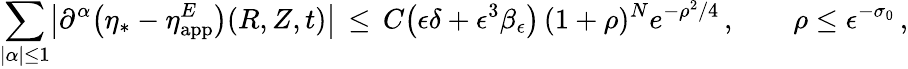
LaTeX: \sum_{|\alpha|\le 1}\bigl|\partial^{\alpha}\bigl(\eta_{*}-\eta_{\mathrm{app}}^{E}\bigr)(R,Z,t)\bigr|\, \le\, C\bigl(\epsilon\delta+\epsilon^{3}\beta_{\epsilon}\bigr)\, (1+\rho)^{N}e^{-\rho^{2}/4}\, ,\qquad\rho\le\epsilon^{-\sigma_{0}}\, ,